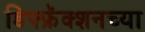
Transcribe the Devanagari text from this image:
डिफ्फ्रॅक्शनच्या